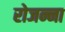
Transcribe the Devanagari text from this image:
रोजन्ना